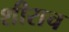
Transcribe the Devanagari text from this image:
शीराच